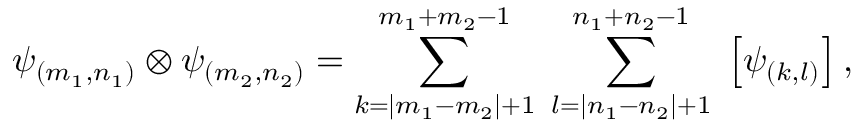
\psi _ { ( m _ { 1 } , n _ { 1 } ) } \otimes \psi _ { ( m _ { 2 } , n _ { 2 } ) } = \sum _ { k = | m _ { 1 } - m _ { 2 } | + 1 } ^ { m _ { 1 } + m _ { 2 } - 1 } \; \sum _ { l = | n _ { 1 } - n _ { 2 } | + 1 } ^ { n _ { 1 } + n _ { 2 } - 1 } \; \left[ \psi _ { ( k , l ) } \right] ,